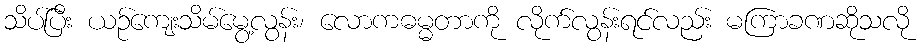
သိပ်ပြီး ယဉ်ကျေးသိမ်မွေ့လွန်း၊ လောကဓမ္မတာကို လိုက်လွန်းရင်လည်း မကြာခဏဆိုသလို